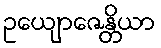
ဥယျောဇေန္တိယာ